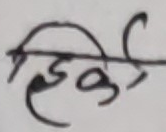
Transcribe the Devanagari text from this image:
डि.को.